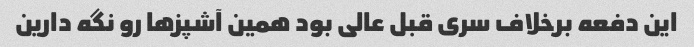
این دفعه برخلاف سری قبل عالی بود همین آشپز‌ها رو نگه دارین